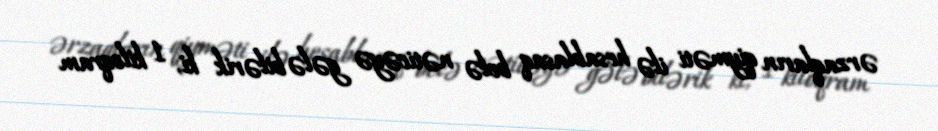
ərzaqların qiyməti ilə hesablasaq belə nəticəyə gələ bilərik ki, 1 kiloqram